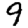
Digit: 9